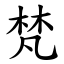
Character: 梵